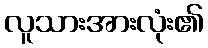
လူသားအားလုံး၏